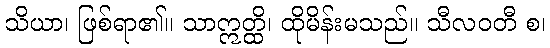
သိယာ၊ ဖြစ်ရာ၏။ သာဣတ္ထိ၊ ထိုမိန်းမသည်။ သီလဝတီ စ၊